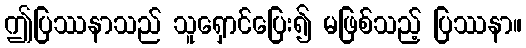
ဤပြဿနာသည် သူရှောင်ပြေး၍ မဖြစ်သည့် ပြဿနာ။